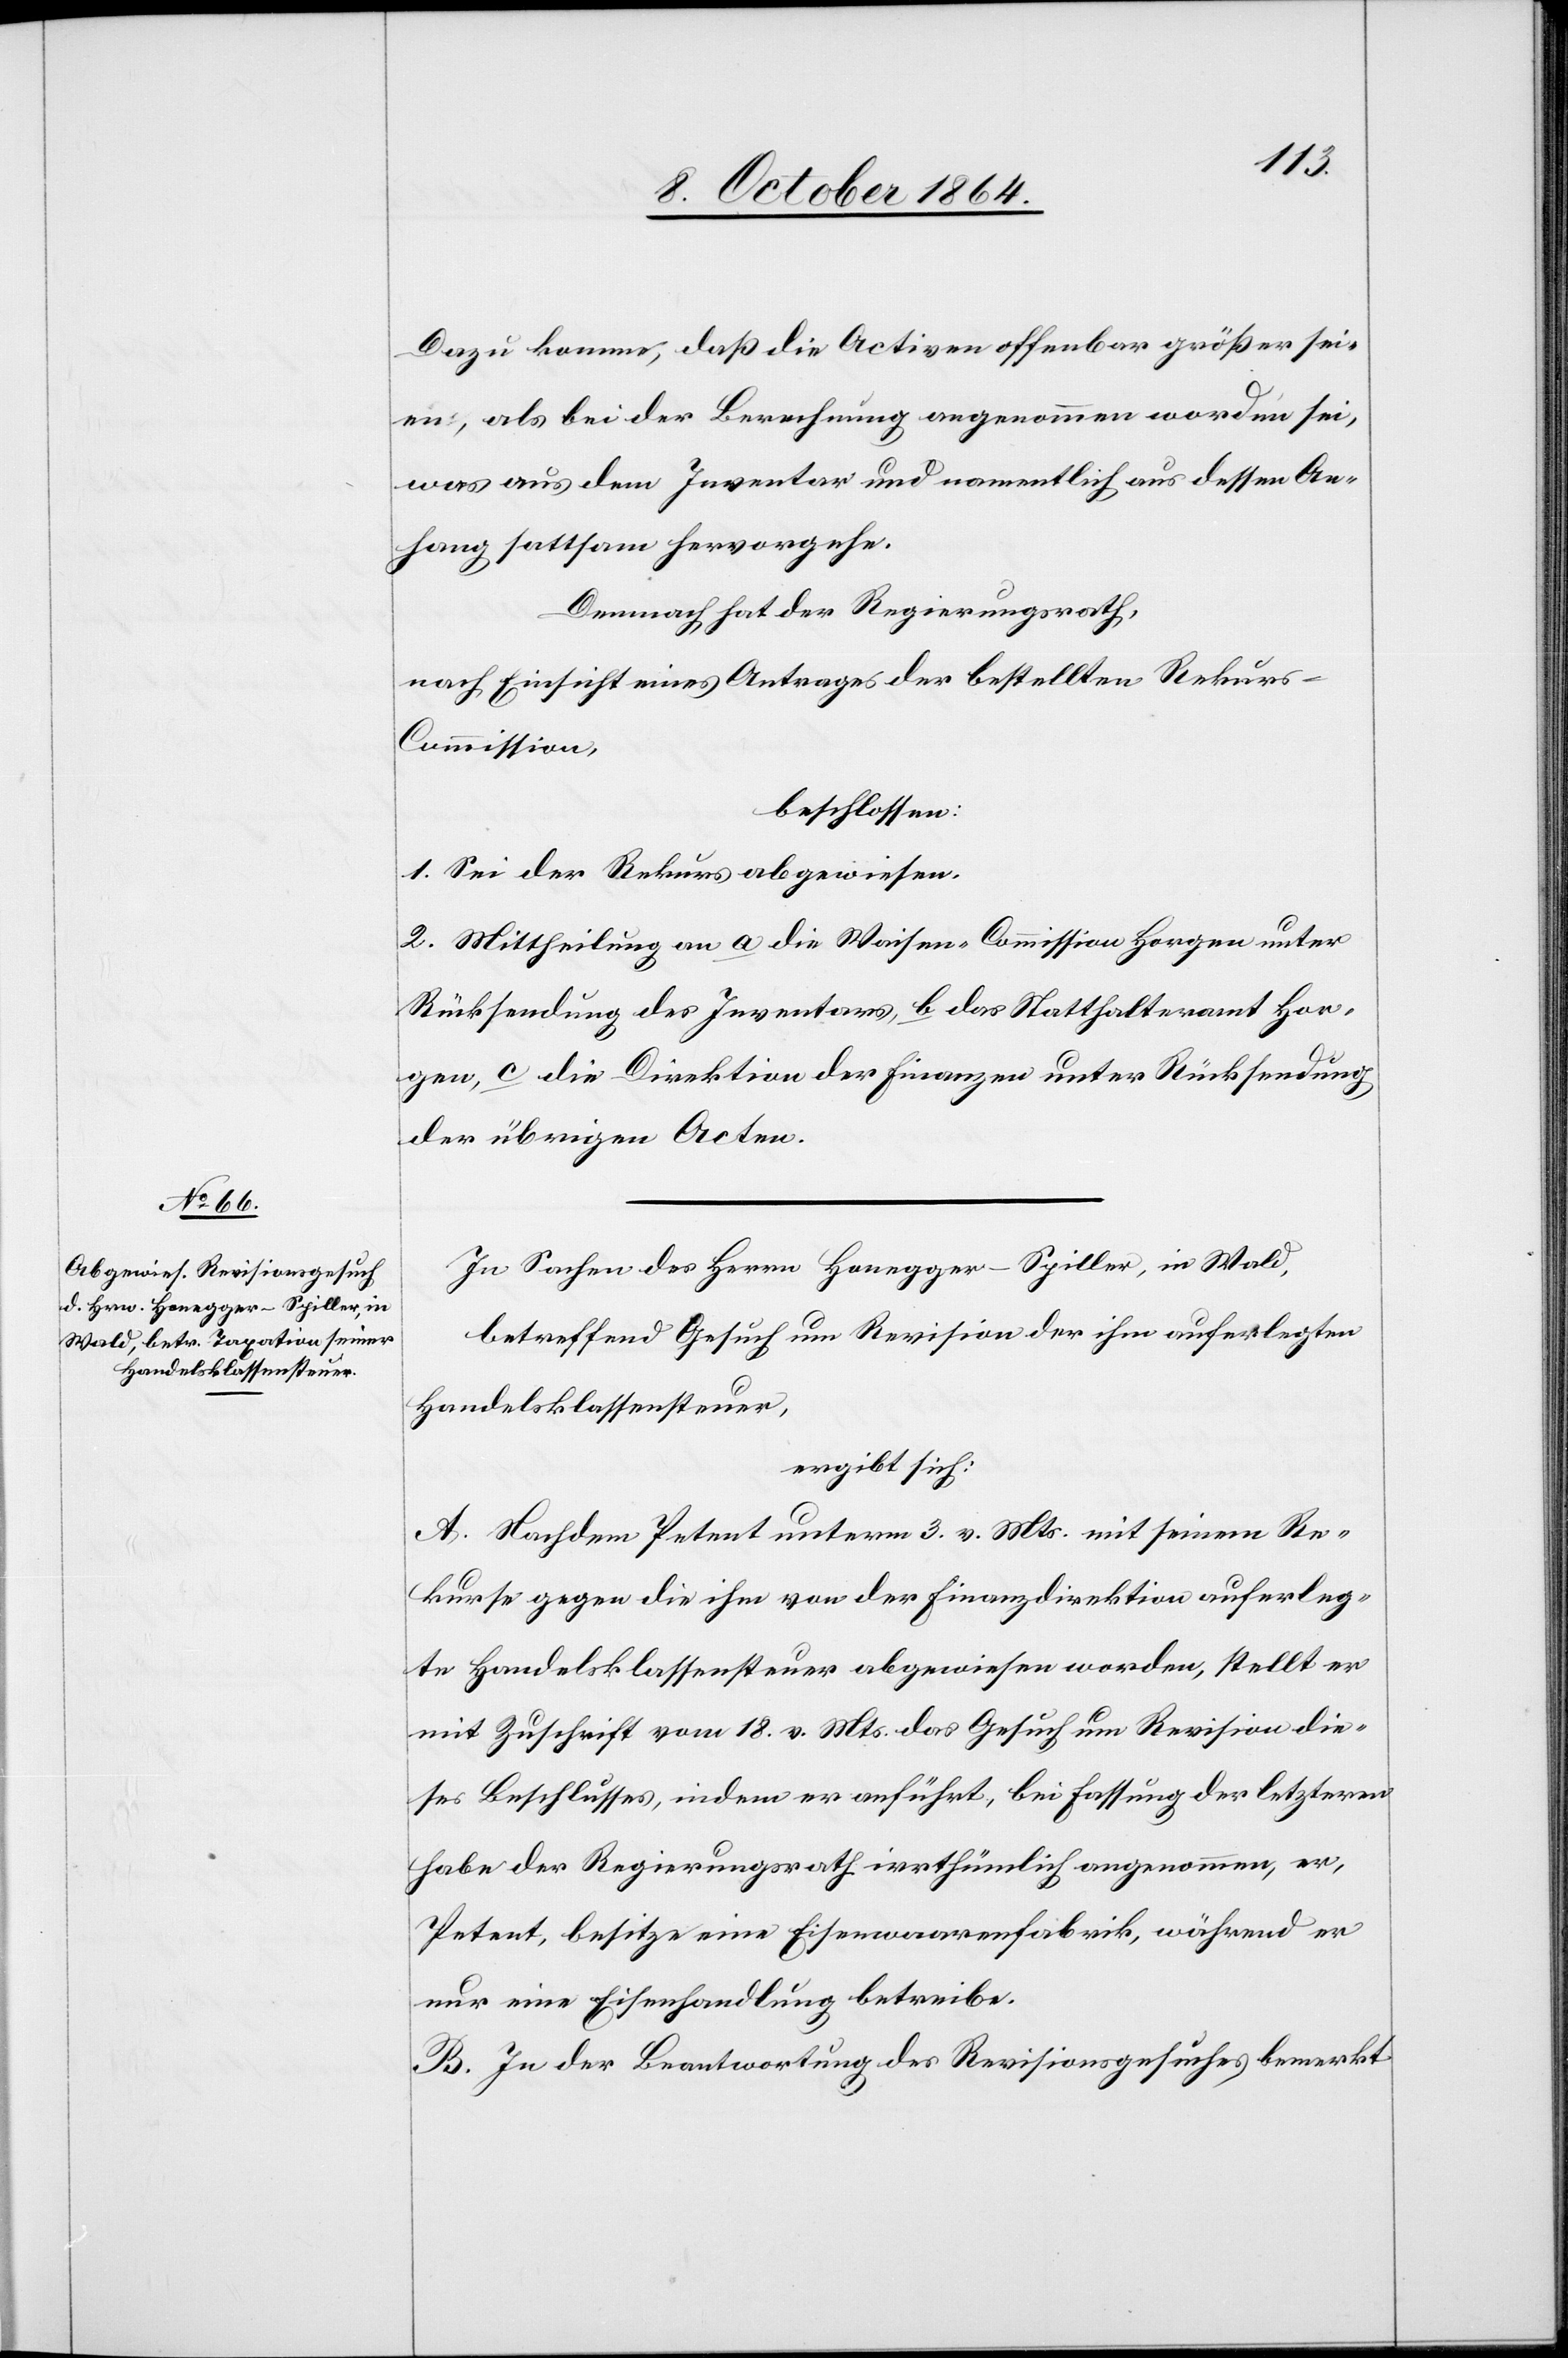
Dazu komme, daß die Activen offenbar größer sei¬
en, als bei der Berechnung angenommen worden sei,
was aus dem Inventar und namentlich aus dessen An¬
hang sattsam hervorgehe.
Demnach hat der Regierungsrath,
nach Einsicht eines Antrages der bestellten Rekur¬
s-Commission,
beschlossen:
1. Sei der Rekurs abgewiesen.
2. Mittheilung an a) die Waisen-Commission Horgen unter
Rücksendung des Inventars, b) das Statthalteramt Hor¬
gen, c) die Direktion der Finanzen unter Rücksendung
der übrigen Acten.
In Sachen des Herrn Honegger-Spiller, in Wald,
betreffend Gesuch um Revision der ihm auferlegten
Handelsklassensteuer
ergibt sich:
A. Nachdem Petent unterm 3. v. Mts. mit seinem Re¬
kurse gegen die ihm von der Finanzdirektion auferleg¬
te Handelsklassensteuer abgewiesen worden, stellt er
mit Zuschrift vom 18. v. Mts. das Gesuch um Revision die¬
ses Beschlusses, indem er anführt, bei Fassung der letzteren
habe der Regierungsrath irrthümlich angenommen, er,
Petent, besitze eine Eisenwaarenfabrik, während er
nur eine Eisenhandlung betreibe.
B. In der Beantwortung des Revisionsgesuches bemerkt